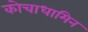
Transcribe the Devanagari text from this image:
कोचाधामिन